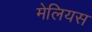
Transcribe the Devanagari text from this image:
मेलियस